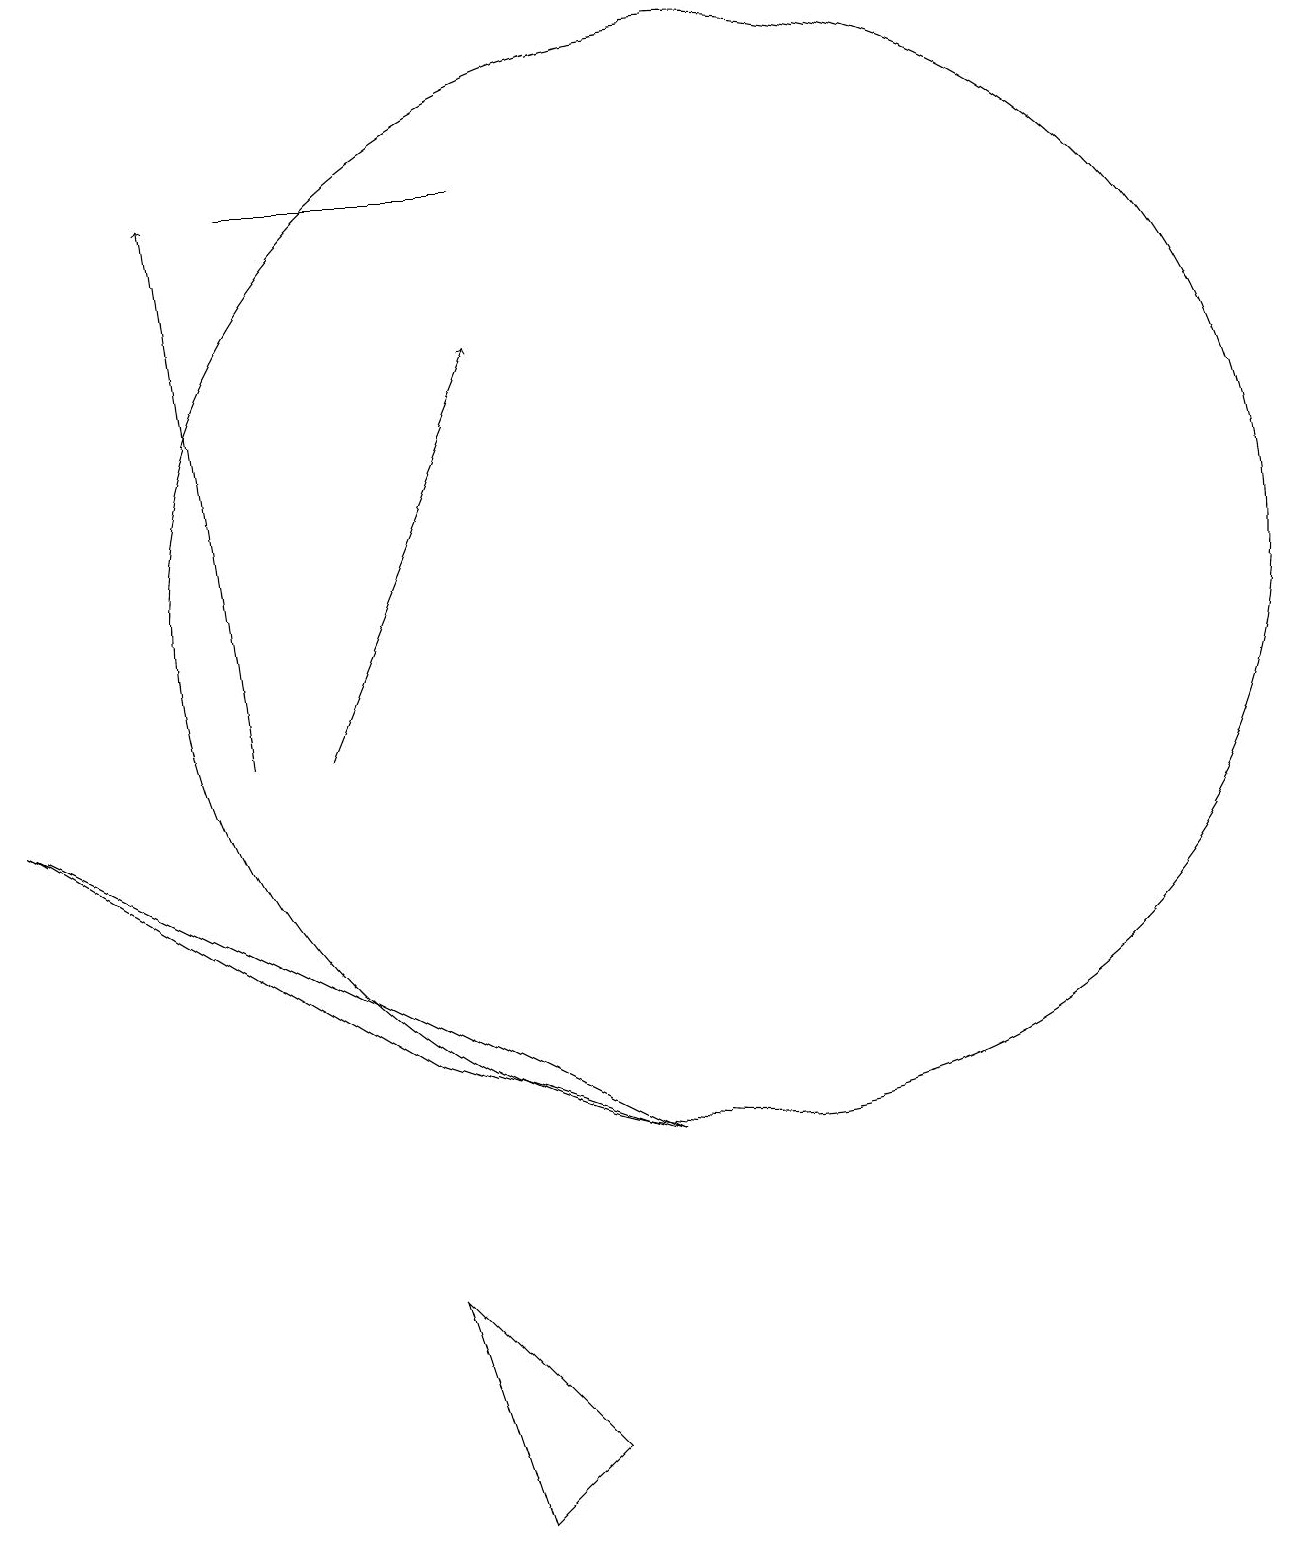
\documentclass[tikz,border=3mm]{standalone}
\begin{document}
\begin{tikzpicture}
\draw[->] (4,10) -- (3,17);
\draw (9,5) -- (1,9) -- (6,6) -- cycle;
\draw[->] (5,10) -- (7,15);
\draw (7,17) rectangle (4,17);
\draw (7,0) -- (8,1) -- (6,3) -- cycle;
\draw (10,12) circle (7);
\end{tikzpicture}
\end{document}